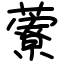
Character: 藔